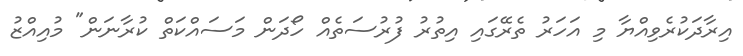
އިރާދަކުރެވިއްޔާ މި އަހަރު ތެރޭގައި އިތުރު ފުރުސަތެއް ހޯދަން މަސައްކަތް ކުރާނަން" މުއިއްޒު